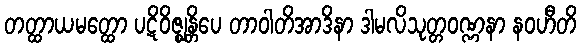
တတ္ထာယမတ္ထော ပဋိဝိဇ္ဈန္တိပေ တာဝါတိအာဒိနာ ဒါမလိသုတ္တဝဏ္ဏနာ နဝဟီတိ